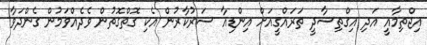
އިޖްތިމާއީ އަދި އިގްތިސާދީ ތަރައްގީއަށް އިންޑިއާ ސަރުކާރުން އެކި ގޮތްގޮތުން ވެދެއްވަމުން ގެންދަވާ